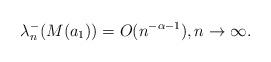
LaTeX: \begin{align*}\lambda_n^-(M(a_1))=O(n^{-\alpha-1}),n\to\infty.\end{align*}